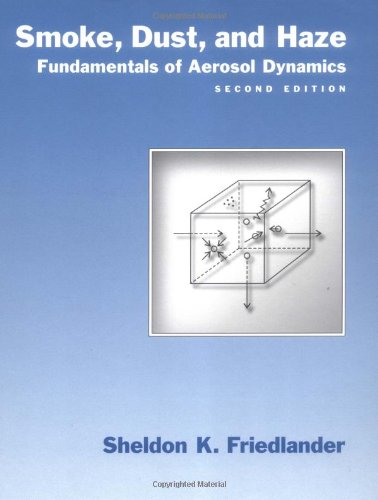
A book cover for Smoke, Dust, and Haze: Fundamentals of Aerosol Dynamics (Topics in Chemical Engineering); Sheldon K. Friedlander; Science & Math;